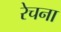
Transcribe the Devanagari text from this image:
रेचना